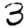
Digit: 3